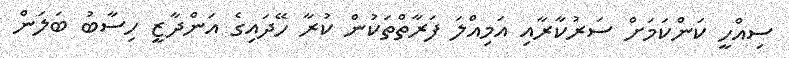
ސިއްހީ ކަންކަމަށް ސަރުކާރާއި އަމިއްލަ ފަރާތްތަކުން ކުރާ ހޭދައިގެ އަންދާޒީ ހިސާބު ބަލަން